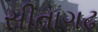
સીતાગઢ